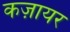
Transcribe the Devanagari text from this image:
कज़ायर